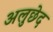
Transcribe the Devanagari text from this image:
अलुछेद